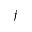
j